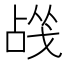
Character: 𰒬